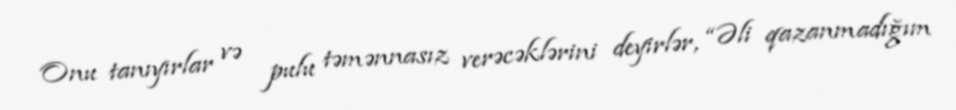
Onu tanıyırlar və pulu təmənnasız verəcəklərini deyirlər, “Əli qazanmadığım